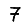
Digit: 7